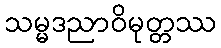
သမ္မဒညာဝိမုတ္တဿ